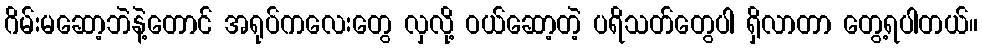
ဂိမ်းမဆော့ဘဲနဲ့တောင် အရုပ်ကလေးတွေ လှလို့ ဝယ်ဆော့တဲ့ ပရိသတ်တွေပါ ရှိလာတာ တွေ့ရပါတယ်။